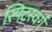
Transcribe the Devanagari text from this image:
स्पिटस्वर्ग